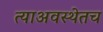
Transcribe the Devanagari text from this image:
त्याअवस्थेतच